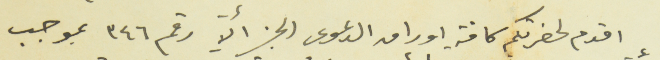
اقدم لحضرتكم كافة اوراق الدعوى الجزأية رقم ٣٤٦ بموجب